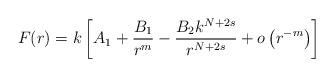
LaTeX: \begin{align*}F(r)=k\left[A_1 + \frac{B_1}{r^m}- \frac{B_2k^{N+2s}}{r^{N+2s}} + o\left( r^{-m} \right)\right]\end{align*}